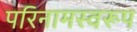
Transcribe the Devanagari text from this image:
परिनामस्वरूप